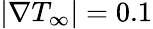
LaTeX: |\nabla{T}_{\infty}|=0.1